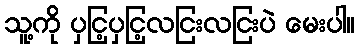
သူ့ကို ပှငြ့ပှငြ့လငြးလငြးပဲ မေးပါ။